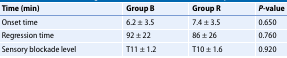
<table><thead><tr><td><b>Time (min)</b></td><td><b>Group B</b></td><td><b>Group R</b></td><td><b><i>P</i>-value</b></td></tr></thead><tbody><tr><td>Onset time</td><td>6.2 ± 3.5</td><td>7.4 ± 3.5</td><td>0.650</td></tr><tr><td>Regression time</td><td>92 ± 22</td><td>86 ± 26</td><td>0.760</td></tr><tr><td>Sensory blockade level</td><td>T11 ± 1.2</td><td>T10 ± 1.6</td><td>0.920</td></tr></tbody></table>